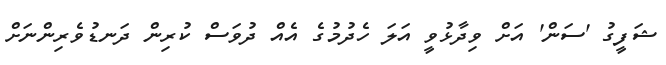
ޝަފީީގު 'ސަން' އަށް ވިދާޅުވީ އަލަ ހެދުމުގެ އެއް ދުވަސް ކުރިން ދަނޑުވެރިންނަށް